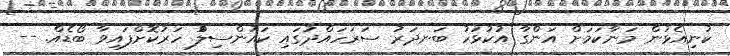
ކުނިއެޅުން މަނާކަމަށް އަންގާ އުކުޅަހު ބަނދަރު ސަރަހައްދުގައި ކައުންސިލުް ހަރުކޮށްފައިވާ ބޯޑެއް. --